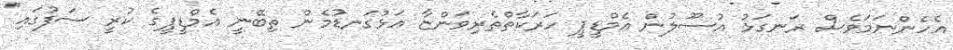
އެހެންނަމަވެސް ރަނގަޅު އުސޫލުން އެމްޑީޕީ ހަރަކާތްތެރިވަންޏާ އަޅުގަނޑުމެން ތިބޭނީ އެމްޑީޕީގެ ކުރީ ސަފުގައި"